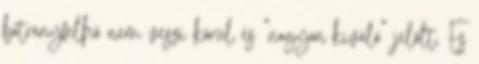
botrányfelhő nem veszi körül és “nagyon kiváló” jelölt. És